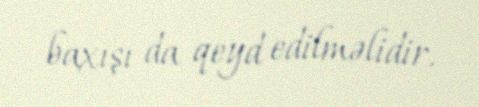
baxışı da qeyd edilməlidir.